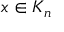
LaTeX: x \in K _ { n }